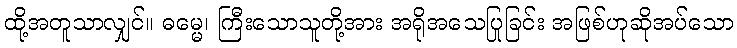
ထို့အတူသာလျှင်။ ဓမ္မေ၊ ကြီးသောသူတို့အား အရိုအသေပြုခြင်း အဖြစ်ဟုဆိုအပ်သော